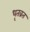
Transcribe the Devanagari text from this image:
धृतव्रत